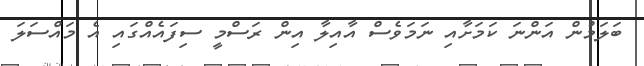
ބަލަމުން އަންނަ ކަމަށާއި ނަމަވެސް އާއިލާ އިން ރަސްމީ ސިފައެއްގައި އެ މައްސަލަ